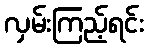
လှမ်းကြည့်ရင်း